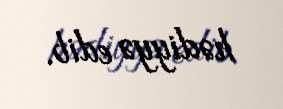
hədiyyə edib.